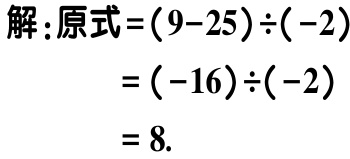
解：原式\(=(9 - 25)\div(-2)\)

\(=(-16)\div(-2)\)

\(= 8\).